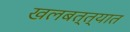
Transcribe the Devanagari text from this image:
खलबत्त्यात